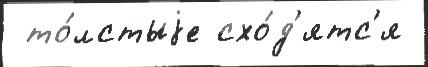
 то́лстыjе схо́д'ятс'я